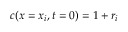
c ( \boldsymbol { x } = \boldsymbol { x } _ { i } , t = 0 ) = 1 + r _ { i }